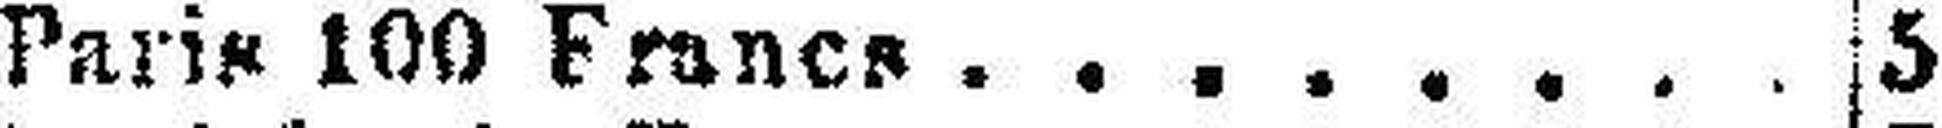
Paris 100 Franes 5